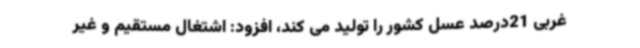
غربی 21درصد عسل کشور را تولید می کند، افزود: اشتغال مستقیم و غیر